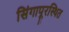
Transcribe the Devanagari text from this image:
सिंगापूरस्थित